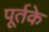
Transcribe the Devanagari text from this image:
पूर्तके